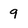
Character: 9